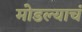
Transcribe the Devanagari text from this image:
मोडल्याचं